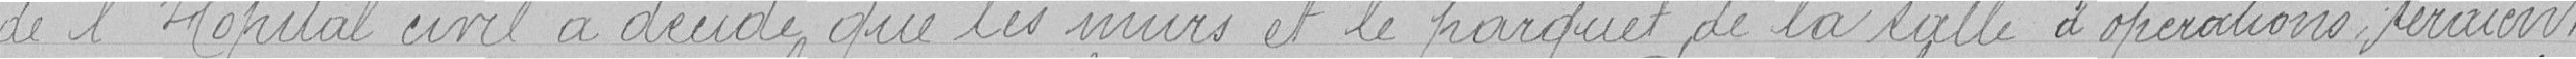
de l'Hôpital civil a décidé que les murs et le parquet de la salle d'opérations seraient